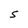
Character: S